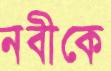
নবীকে